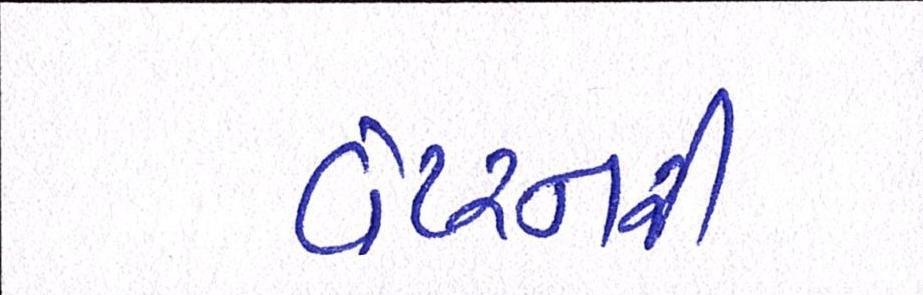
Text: વેટરનરી